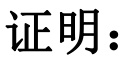
证明：